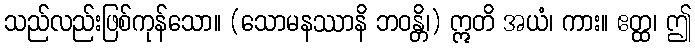
သည်လည်းဖြစ်ကုန်သော။ (သောမနဿာနိ ဘဝန္တိ၊) ဣတိ အယံ၊ ကား။ ဧတ္ထ၊ ဤ